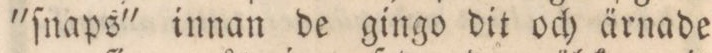
'ſnaps' innan de gingo dit och ärnade